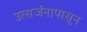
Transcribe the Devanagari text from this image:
उत्सर्जनापासून